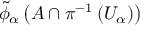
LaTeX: { \widetilde { \phi } } _ { \alpha } \left( A \cap \pi ^ { - 1 } \left( U _ { \alpha } \right) \right)